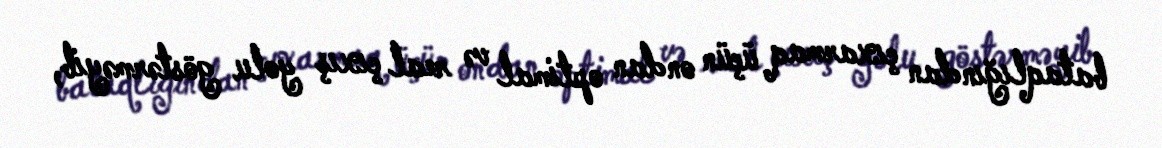
bataqlığından çıxarmaq üçün ondan optimal və real çıxış yolu göstərməyib,